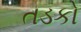
તડકો